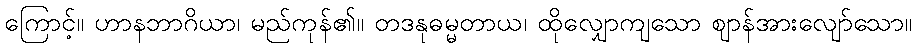
ကြောင့်။ ဟာနဘာဂိယာ၊ မည်ကုန်၏။ တဒနုဓမ္မတာယ၊ ထိုလျှောကျသော ဈာန်အားလျော်သော။